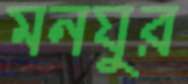
মনযুর